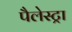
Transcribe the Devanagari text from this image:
पैलेस्ट्रा